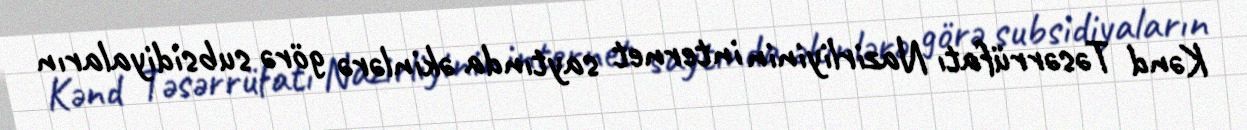
Kənd Təsərrüfatı Nazirliyinin internet saytında əkinlərə görə subsidiyaların